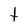
Character: t